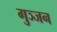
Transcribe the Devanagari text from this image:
गुञ्जन